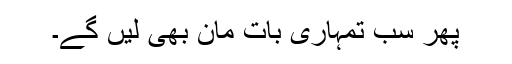
پھر سب تمہاری بات مان بھی لیں گے۔